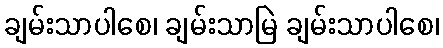
ချမ်းသာပါစေ၊ ချမ်းသာမြဲ ချမ်းသာပါစေ၊